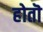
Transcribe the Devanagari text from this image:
होतॊ